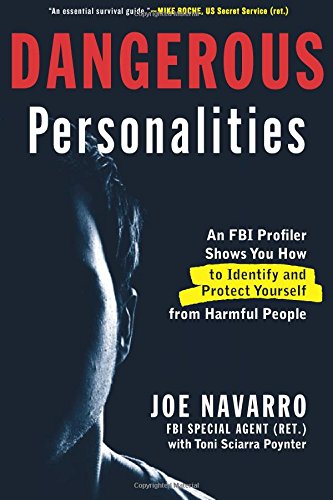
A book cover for Dangerous Personalities: An FBI Profiler Shows You How to Identify and Protect Yourself from Harmful People; Joe Navarro; Health, Fitness & Dieting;